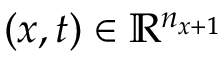
( \boldsymbol { x } , t ) \in \mathbb { R } ^ { n _ { \boldsymbol { x } + 1 } }